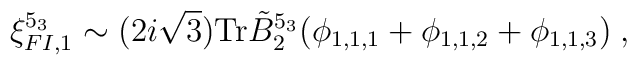
\xi_{FI,1}^{5_3}  \sim (2i\sqrt{3}) \mbox{Tr}\tilde{B}_{2}^{5_3} (\phi_{1,1,1} + \phi_{1,1,2} + \phi_{1,1,3})\;,